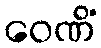
ဝေဏိံ